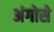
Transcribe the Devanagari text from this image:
अंगोसे